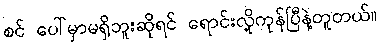
စင် ပေါ်မှာမရှိဘူးဆိုရင် ရောင်းလို့ကုန်ပြီနဲ့တူတယ်။